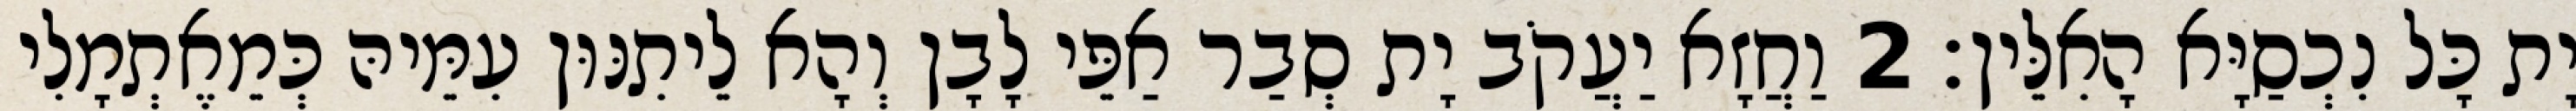
יָת כָּל נִכְסַיָּא הָאִלֵּין׃ 2 וַחֲזָא יַעֲקֹב יָת סְבַר אַפֵּי לָבָן וְהָא לֵיתִנּוּן עִמֵּיהּ כְּמֵאֶתְמָלִי